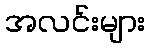
အလင်းများ